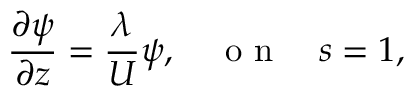
\frac { \partial \psi } { \partial z } = \frac { \lambda } { U } \psi , \quad \textrm { o n } \quad s = 1 ,